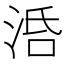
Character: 𣴠